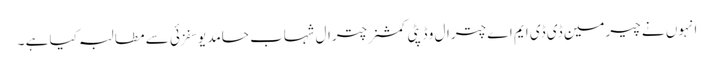
انہوں نے چیرمین ڈی ڈی ایم اے چترال و ڈپٹی کمشنر چترال شہاب حامد یوسفزئی سے مطالبہ کیا ہے ۔